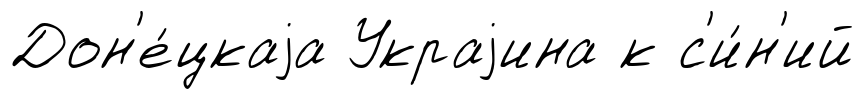
Дон'е́цкаjа Украjина к с'и́н'ий